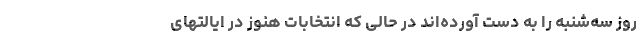
روز سه‌شنبه را به دست آورده‌اند در حالی که انتخابات هنوز در ایالتهای